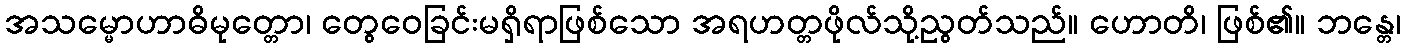
အသမ္မောဟာဓိမုတ္တော၊ တွေဝေခြင်းမရှိရာဖြစ်သော အရဟတ္တဖိုလ်သို့ညွတ်သည်။ ဟောတိ၊ ဖြစ်၏။ ဘန္တေ၊